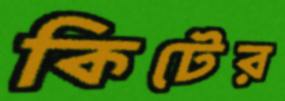
কিটের